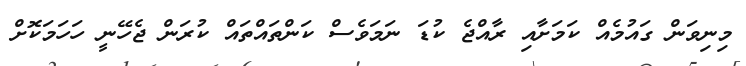
މިނިވަން ގައުމެއް ކަމަށާއި ރާއްޖެ ކުޑަ ނަމަވެސް ކަންތައްތައް ކުރަން ޖެހޭނީ ހަހަމަކޮށް